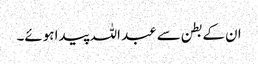
ان کے بطن سے عبد اللہ پیدا ہوئے۔